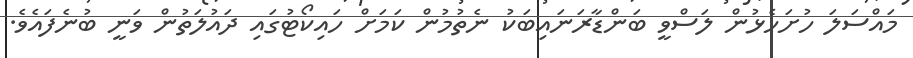
މައްސަލަ ހުށަހެޅުން ލަސްވީ ބަންޑާރަނައިބަކު ނެތުމުން ކަމަށް ހައިކޯޓުގައި ދައުލަތުން ވަނީ ބުނެފައެވެ.